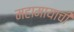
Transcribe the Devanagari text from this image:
महामायाची